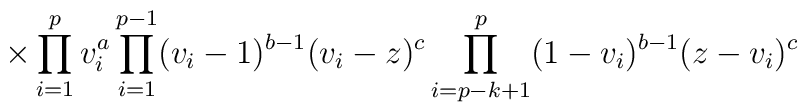
\hspace{15mm}\times\prod_{i = 1}^{p}v_{i}^{a}\prod_{i = 1}^{p - 1}(v_{i} -1)^{b - 1}(v_{i} - z)^{c}\prod_{i = p - k + 1}^{p}(1 - v_{i})^{b - 1}(z -v_{i})^{c}